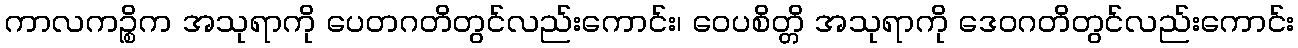
ကာလကဉ္စိက အသုရာကို ပေတဂတိတွင်လည်းကောင်း၊ ဝေပစိတ္တိ အသုရာကို ဒေဝဂတိတွင်လည်းကောင်း